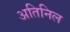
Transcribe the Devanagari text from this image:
अतिनिल